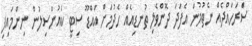
ސަރަހައްދެއް ނެތުމުން އެފަދަ ދޮންވެލި ތުނޑިއެއް ހެދުމަށް އައްޑޫ ސިޓީ ކައުންސިލުން ނިންމައިފި